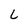
Character: L